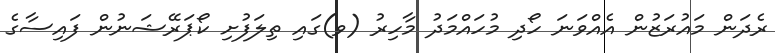
ރެދަން މައުރަޒުން އެއްވަނަ ހޯދި މުހައްމަދު މާހިރު (ވ)ގައި ތިލަފުށި ކޯޕަރޭޝަނުން ފައިސާގެ